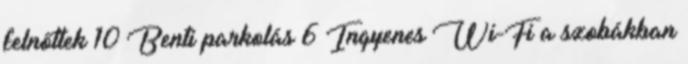
felnőttek 10 Benti parkolás 6 Ingyenes Wi-Fi a szobákban